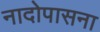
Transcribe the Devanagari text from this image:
नादोपासना